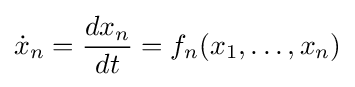
{\dot {x}}_{n}={\frac {dx_{n}}{dt}}=f_{n}(x_{1},\ldots ,x_{n})